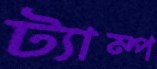
ট্যাম্প